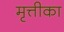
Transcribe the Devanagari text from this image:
मृत्तीका